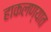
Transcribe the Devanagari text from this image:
हाकलण्यात